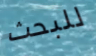
للبحث